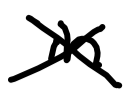
Text: in
Cross-out: cross
Writing tool: digital_black